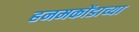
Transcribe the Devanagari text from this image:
हनमकोंडाच्या